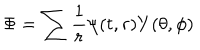
\Phi = \sum \displaystyle \frac { 1 } { r } \psi ( t , r ) Y ( \theta , \phi )